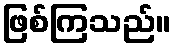
ဖြစ်ကြသည်။